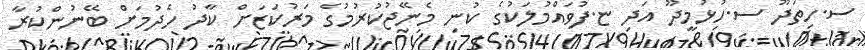
ސ.ހިތަދޫ ސ.ހުޅުމީދޫ އަދި ޏ.ފުވައްމުލަކުގެ ކުނި މެނޭޖުކުރުމުގެ މަރުކަޒަށް ކާދު ހެދުމަށް ބޭނުންކުރާ